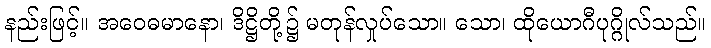
နည်းဖြင့်။ အဝေဓမာနော၊ ဒိဋ္ဌိတို့၌ မတုန်လှုပ်သော။ သော၊ ထိုယောဂီပုဂ္ဂိုလ်သည်။